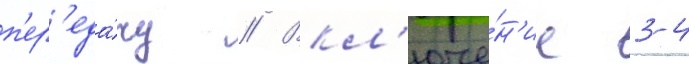
п'ер'еда́чу // Вкл'юче́н'ие 3-4